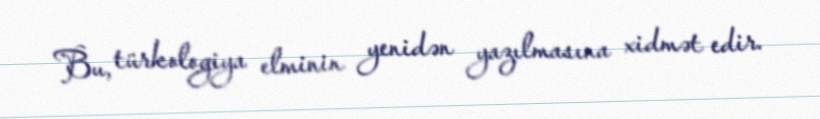
Bu, türkologiya elminin yenidən yazılmasına xidmət edir.